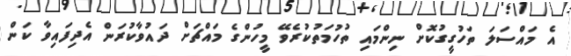
އެ މައްސަލަ ތަހުގީގުކޮށް ނިންމައި ތުހުމަތުކުރެވޭ މީހުންގެ މައްޗަށް ދައުވާކުރަން އެދިފައިވާ ކަން